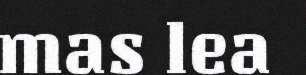
mas lea